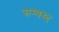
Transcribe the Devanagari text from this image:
सम्बध्द